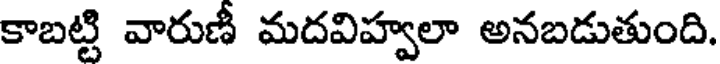
కాబట్టి వారుణీ మదవిహ్వలా అనబడుతుంది.